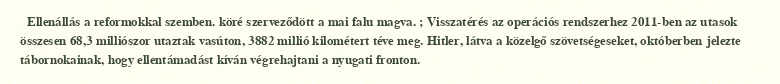
Ellenállás a reformokkal szemben. köré szerveződött a mai falu magva. ; Visszatérés az operációs rendszerhez 2011-ben az utasok összesen 68,3 milliószor utaztak vasúton, 3882 millió kilométert téve meg. Hitler, látva a közelgő szövetségeseket, októberben jelezte tábornokainak, hogy ellentámadást kíván végrehajtani a nyugati fronton.